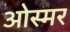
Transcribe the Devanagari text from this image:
ओस्मर